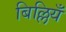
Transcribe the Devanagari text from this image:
बिल्लियँ